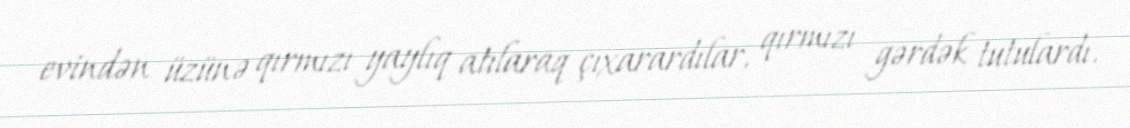
evindən üzünə qırmızı yaylıq atılaraq çıxarardılar, qırmızı gərdək tutulardı.